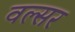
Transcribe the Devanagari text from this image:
वल्सर